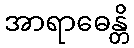
အာရာဓေန္တိ